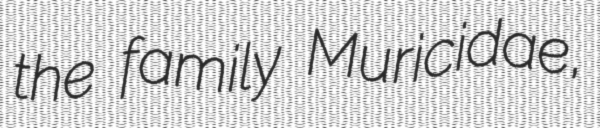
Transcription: the family Muricidae,